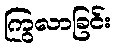
ကြွလာခြင်း